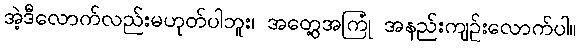
အဲ့ဒီလောက်လည်းမဟုတ်ပါဘူး၊ အတွေ့အကြုံ အနည်းကျဉ်းလောက်ပါ။